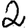
Digit: 2